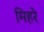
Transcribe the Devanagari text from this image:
मिहरे